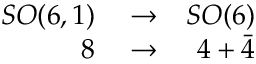
\begin{array} { r l r } { S O ( 6 , 1 ) } & { { } \rightarrow } & { S O ( 6 ) } \\ { 8 } & { { } \rightarrow } & { 4 + \bar { 4 } } \end{array}